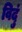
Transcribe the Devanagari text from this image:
विदुं